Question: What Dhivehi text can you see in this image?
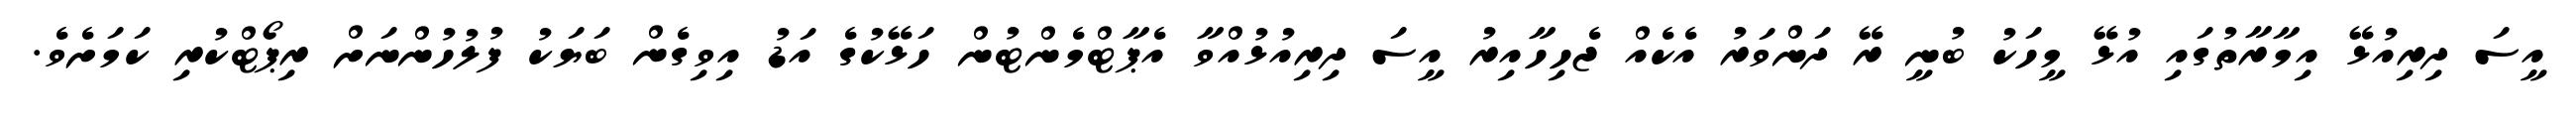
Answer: އީސަ ދިރިއުޅޭ އިމާރާތުގައި އުޅޭ މީހަކު ބުނީ ރޭ ދަންވަރު އެކެއް ޖެހިހާއިރު އީސަ ދިރިއުޅުއްވާ އެޕާޓްމެންޓުން ހަޅޭކުގެ އަޑު އިވިގެން ބަޔަކު ފުލުހުންނަށް ރިޕޯޓްކުރި ކަމަށެވެ.